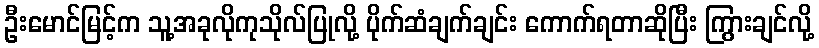
ဦးမောင်မြင့်က သူ့အခုလိုကုသိုလ်ပြုလို့ ပိုက်ဆံချက်ချင်း ကောက်ရတာဆိုပြီး ကြွားချင်လို့